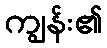
ကျွန်း၏